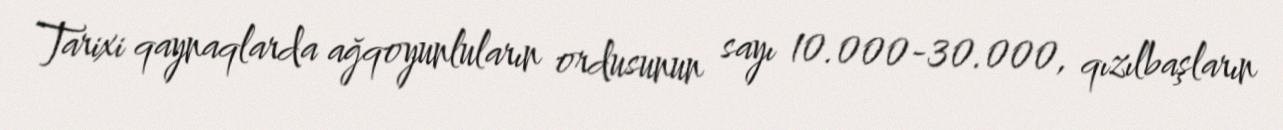
Tarixi qaynaqlarda ağqoyunluların ordusunun sayı 10.000-30.000, qızılbaşların